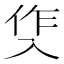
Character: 𭁀